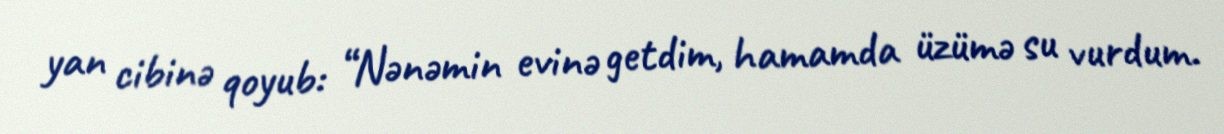
yan cibinə qoyub: “Nənəmin evinə getdim, hamamda üzümə su vurdum.